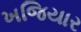
ખજિયાર